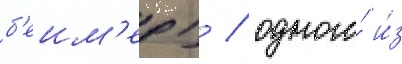
б'еим'ер) / одного́ и́з